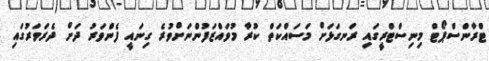
ޓްރާންސްޕޯޓް މިނިސްޓްރީގައި ރަނގަޅަށް މަސައްކަތް ކުރާ މުވައްޒަފުންނަށްވުރެ ގިނައީ ފެންވަރު ދަށް ދެރަވަރުގައި